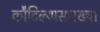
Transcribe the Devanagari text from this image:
कौटिल्यासारख्या